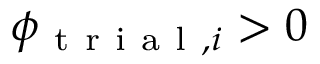
\phi _ { \mathrm { ~ t ~ r ~ i ~ a ~ l ~ } , i } > 0